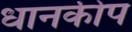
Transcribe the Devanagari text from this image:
धानकीप